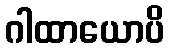
ဂါထာယောပိ